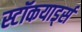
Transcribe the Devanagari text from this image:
स्टॉकयार्ड्स